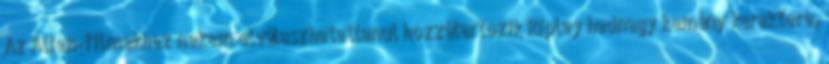
Az Alien-filmekhez nekem elválaszhatatlanul hozzátartozik Ripley hadnagy kemény karaktere,